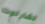
تشارلوت